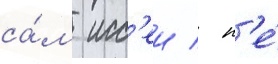
са́м исс'еи / н'е́